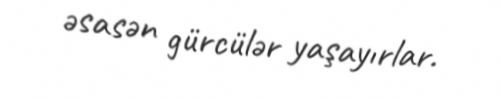
əsasən gürcülər yaşayırlar.